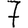
Digit: 7